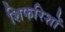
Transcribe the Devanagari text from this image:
शिफरिशों